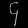
Digit: ၄